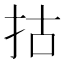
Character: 𢫈